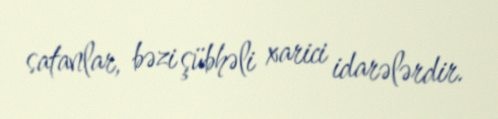
satanlar, bəzi şübhəli xarici idarələrdir.